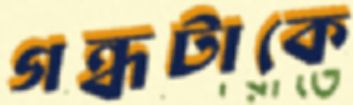
গন্ধটাকে